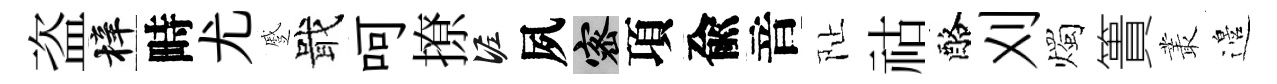
盗梓畤尤蹙戢呵撩泥夙密項兪音阯祜酪刈燭簣叢邉